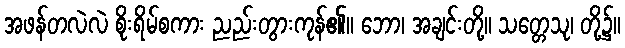
အဖန်တလဲလဲ စိုးရိမ်စကား ညည်းတွားကုန်၏။ ဘော၊ အချင်းတို့။ သတ္တေသု၊ တို့၌။